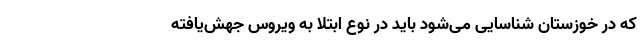
که در خوزستان شناسایی می‌شود باید در نوع ابتلا به ویروس جهش‌یافته